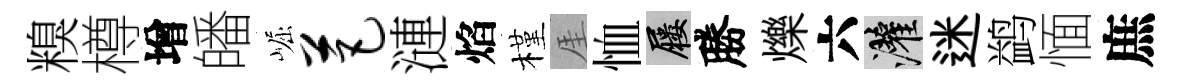
糗樽增皤崛芭漣焰槿厓恤屨勝爍六灌迷鹢愐庶